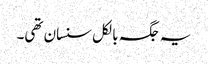
یہ جگہ بالکل سنسان تھی۔